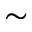
\sim